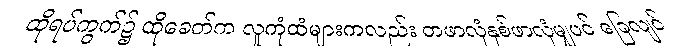
ထိုရပ်ကွက်၌ ထိုခေတ်က လူကုံထံများကလည်း တဖာလုံနှစ်ဖာလုံမျှပင် ခြေလျင်